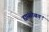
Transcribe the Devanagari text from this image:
ह्यांसोबत